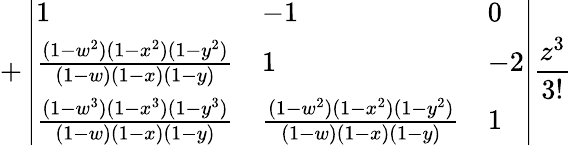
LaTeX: +\left|\begin{array}{lll}{1}&{-1}&{0}\\ {\frac{(1-w^{2})(1-x^{2})(1-y^{2})}{(1-w)(1-x)(1-y)}}&{1}&{-2}\\ {\frac{(1-w^{3})(1-x^{3})(1-y^{3})}{(1-w)(1-x)(1-y)}}&{\frac{(1-w^{2})(1-x^{2})(1-y^{2})}{(1-w)(1-x)(1-y)}}&{1}\end{array}\right|\frac{z^{3}}{3!}